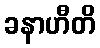
ခနာဟီတိ